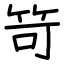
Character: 笴